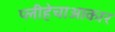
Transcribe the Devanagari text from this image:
प्लीहेचाआकार